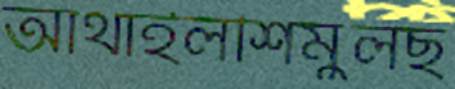
আথাইলশিমুলছ